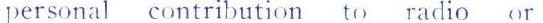
personal contribution to radio or